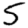
Digit: 5